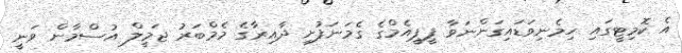
އެ ކޮމިޓީގައި ހިމެނިވަޑައިގަންނަވާ ޕީޕީއެމްގެ ގެމަނަފުށި ދާއިރާގެ މެމްބަރު ޖަމީލް އުސްމާން ވަނީ